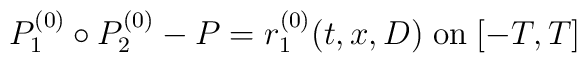
P_1^{(0)}\circ P_2^{(0)}-P=r_1^{(0)}(t,x,D)\;\mbox{on}\;[-T,T]